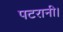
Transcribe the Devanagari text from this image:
पटरानी।